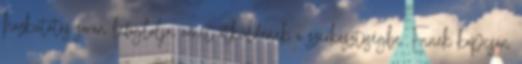
házkutatás során lefoglalja, amit átküldenek a szerkesztőségbe. Ennek kapcsán